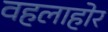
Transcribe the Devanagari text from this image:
वहलाहोर